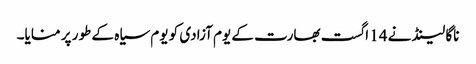
ناگا لینڈ نے 14 اگست بھارت کے یوم آزادی کو یوم سیاہ کے طور پر منایا۔